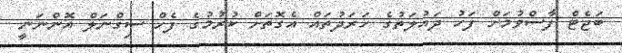
ބަޖެޓް ފާސްވުމަށް ފަހު ދައުލަތުގެ ހަރަދުތައް އެގޮތަށް ކުރުމުގެ ފެހް ސިގްނަލް އޮންނަނީ